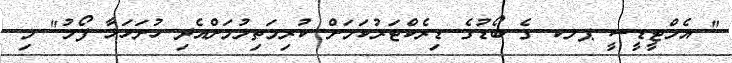
" އެމްޓީޑީސީ ޕލކ ގެ ބޯޑުގެ ޑިރެކްޓަރުކަމަށް ކުރިމަތިލުމަށްއެދި ހުށަހަޅާ ފޯމު" މި